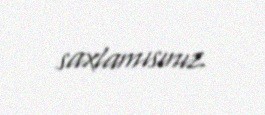
saxlamısınız.